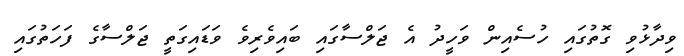
ވިދާޅުވި ގޮތުގައި ހުސެއިން ވަހީދު އެ ޖަލްސާގައި ބައިވެރިވެ ވަޑައިގަތީ ޖަލްސާގެ ފަހަތުގައި